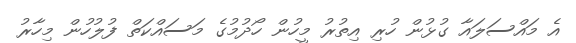
އެ މައްސަލައާ ގުޅުން ހުރި އިތުރު މީހުން ހޯދުމުގެ މަސައްކަތް ފުލުހުން މިހާރު